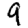
Digit: 9